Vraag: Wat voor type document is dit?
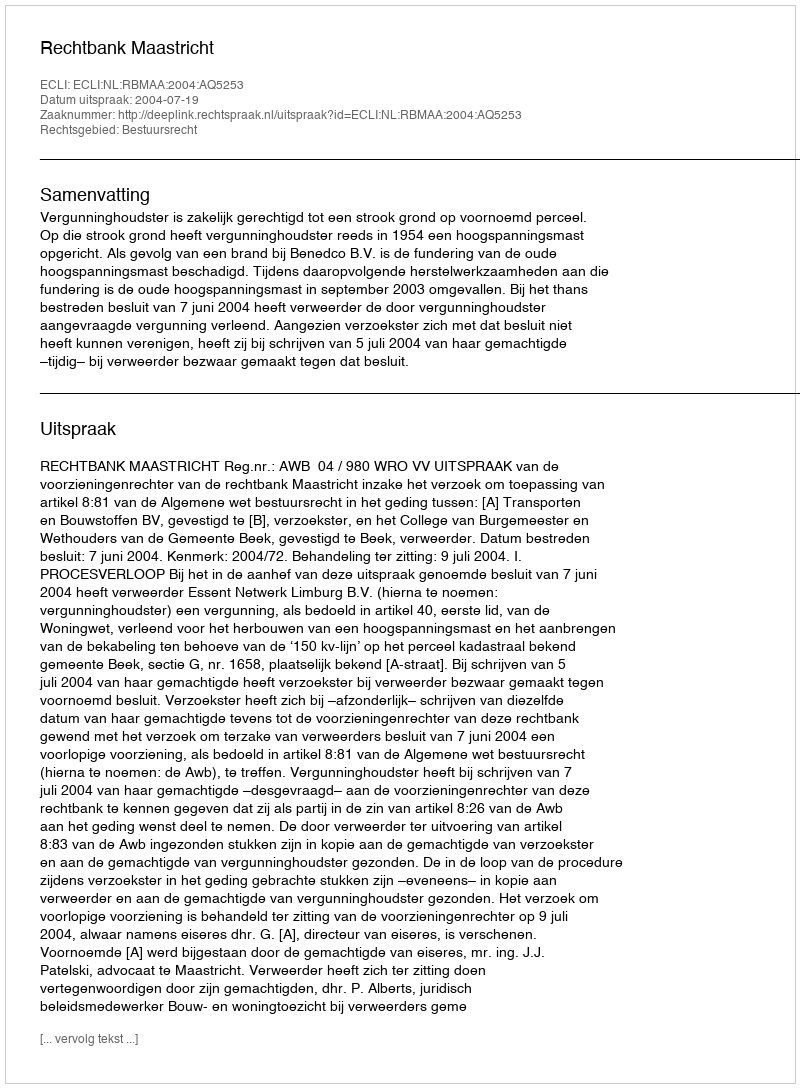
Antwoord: Uitspraak